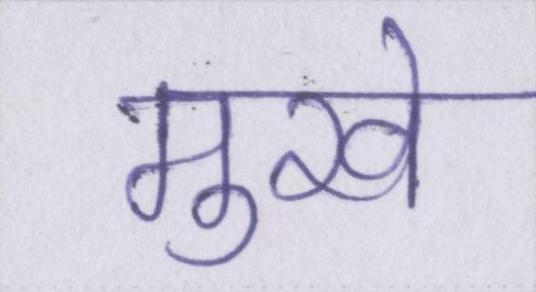
मुखे